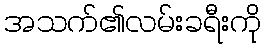
အသက်၏လမ်းခရီးကို